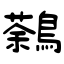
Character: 鷋